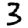
Digit: 3